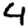
Digit: 4